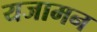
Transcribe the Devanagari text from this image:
यजामन